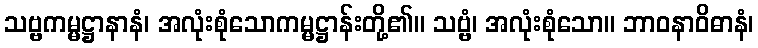
သဗ္ဗကမ္မဋ္ဌာနာနံ၊ အလုံးစုံသောကမ္မဋ္ဌာန်းတို့၏။ သဗ္ဗံ၊ အလုံးစုံသော။ ဘာဝနာဝိဓာနံ၊